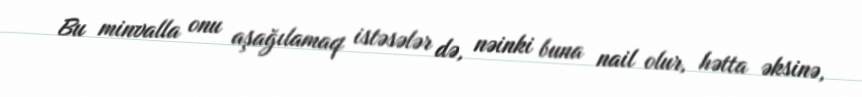
Bu minvalla onu aşağılamaq istəsələr də, nəinki buna nail olur, hətta əksinə,